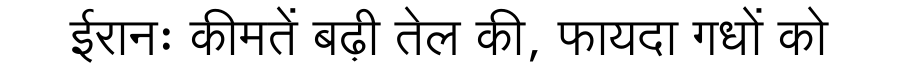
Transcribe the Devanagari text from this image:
ईरानः कीमतें बढ़ी तेल की, फायदा गधों को